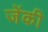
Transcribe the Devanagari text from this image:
जेंकी